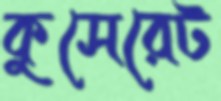
কুসেরেট